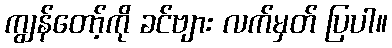
ကျွန်တော့်ကို ခင်ဗျား လက်မှတ် ပြပါ။